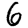
Digit: 6